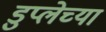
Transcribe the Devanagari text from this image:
डुप्लेच्या